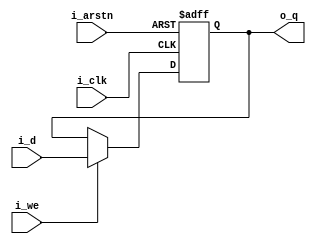
module reg32(i_clk, i_we, i_d, o_q, i_arstn);

parameter WIDTH = 32;

input i_clk, i_we, i_arstn;
input [WIDTH-1:0] i_d;
output reg [WIDTH-1:0] o_q;

always @(posedge i_clk or negedge i_arstn) begin 
	if(!i_arstn) begin 
		o_q <= {WIDTH{1'b0}};
	end else if(i_we) begin
		o_q <= i_d;
	end else begin 
		o_q <= o_q;
	end 
end

endmodule